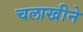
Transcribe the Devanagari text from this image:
चलाखीने